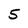
Character: 5